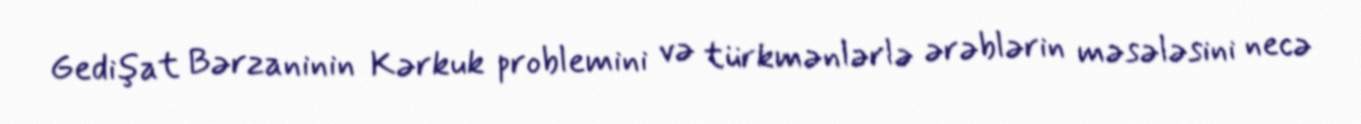
Gedişat Bərzaninin Kərkuk problemini və türkmənlərlə ərəblərin məsələsini necə